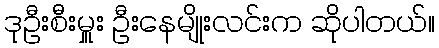
ဒုဦးစီးမှူး ဦးနေမျိုးလင်းက ဆိုပါတယ်။